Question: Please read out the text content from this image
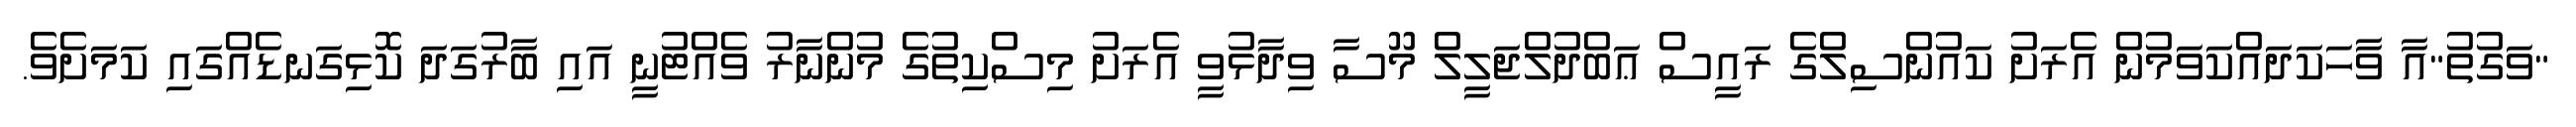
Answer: "ވަގުތު"އާ ވާހަކަދައްކަވަމުން އެރަށު ކައުންސިލްގެ ރައީސް ޢަބްދުލްޖަލީލް މޫސާ ވިދާޅުވީ އެރަށު މިސްކިތުގެ މުންނާރު ވެއްޓުނީ އައި ބާރުގަދަ ކޮޅިގަނޑެއްގައި ކަމަށެވެ.